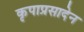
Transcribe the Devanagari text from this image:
कृपाप्रसादेन